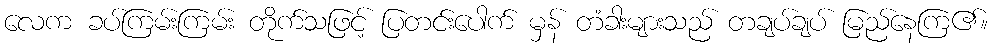
လေက ခပ်ကြမ်းကြမ်း တိုက်သဖြင့် ပြတင်းပေါက် မှန် တံခါးများသည် တချပ်ချပ် မြည်နေကြ၏။